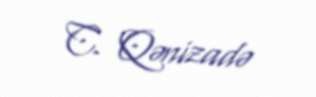
C. Qənizadə